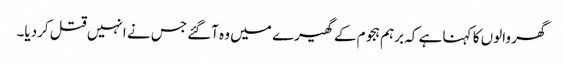
گھر والوں کا کہنا ہے کہ برہم ہجوم کے گھیرے میں وہ آگئے جس نے انہیں قتل کردیا۔